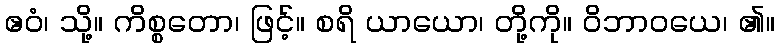
ဧဝံ၊ သို့။ ကိစ္စတော၊ ဖြင့်။ စရိ ယာယော၊ တို့ကို။ ဝိဘာဝယေ၊ ၏။